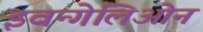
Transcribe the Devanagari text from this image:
इवन्गेलिओन